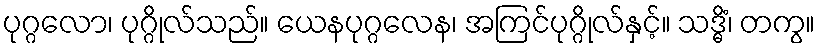
ပုဂ္ဂလော၊ ပုဂ္ဂိုလ်သည်။ ယေနပုဂ္ဂလေန၊ အကြင်ပုဂ္ဂိုလ်နှင့်။ သဒ္ဓိံ၊ တကွ။